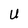
Character: U